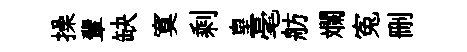
操輩缺寞剩皇毫舫斕寃删